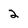
Character: 2